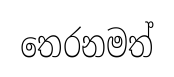
තෙරනමත්